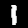
Digit: 1